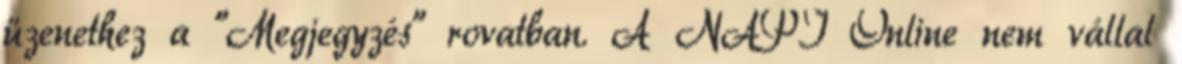
üzenethez a "Megjegyzés" rovatban. A NAPI Online nem vállal